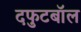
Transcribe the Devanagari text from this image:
दफुटबॉल